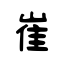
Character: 崔